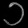
Digit: ၁